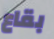
بقاع